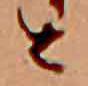
公